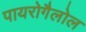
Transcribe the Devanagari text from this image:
पायरोगैलोल